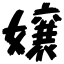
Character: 嬢